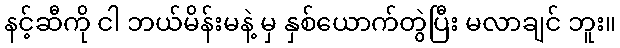
နင့်ဆီကို ငါ ဘယ်မိန်းမနဲ့ မှ နှစ်ယောက်တွဲပြီး မလာချင် ဘူး။